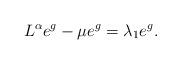
LaTeX: \begin{align*}L^\alpha e^g - \mu e^g = \lambda_1 e^g .\end{align*}